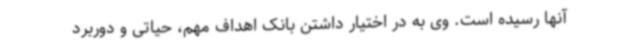
آنها رسیده است. وی به در اختیار داشتن بانک اهداف مهم، حیاتی و دوربرد